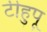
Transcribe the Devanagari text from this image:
टीहुपू